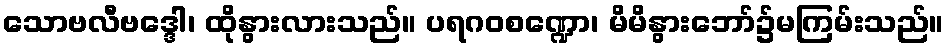
သောဗလီဗဒ္ဒေါ၊ ထိုနွားလားသည်။ ပရဂဝစဏ္ဍော၊ မိမိနွားဘော်၌မကြမ်းသည်။